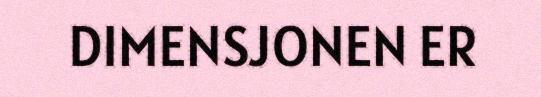
DIMENSJONEN ER